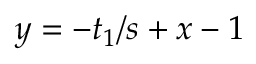
y = - t _ { 1 } / s + x - 1